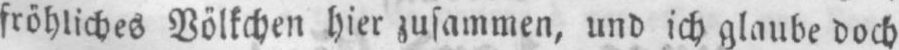
fröhliches Völkchen hier zusammen, und ich glaube doch